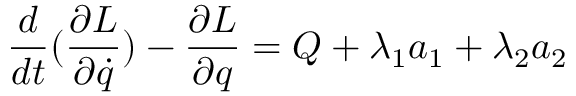
\frac { d } { d t } ( \frac { \partial L } { \partial \dot { q } } ) - \frac { \partial L } { \partial q } = Q + \lambda _ { 1 } a _ { 1 } + \lambda _ { 2 } a _ { 2 }